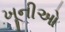
ખૂનીઓ